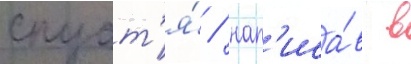
спуст'я́ / нап'иса́в в